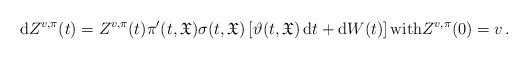
\begin{align*}\mathrm{d}Z^{v,\pi}(t)= Z^{v,\pi}(t) \pi'(t,\mathfrak{X})\sigma(t,\mathfrak{X}) \left[\vartheta(t,\mathfrak{X})\, \mathrm{d} t+ \mathrm{d}W(t) \right] \mathrm{with } Z^{v,\pi}(0)=v\,.\end{align*}